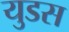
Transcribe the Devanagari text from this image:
युडस